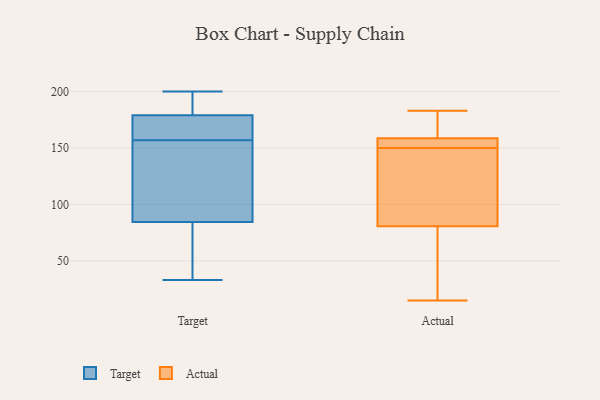
{"axis": {"x": "Page Views", "y": "Value"}, "legend": ["Actual", "Target"], "data": [{"x": "", "y": 159, "type": "Target"}, {"x": "", "y": 144, "type": "Target"}, {"x": "", "y": 38, "type": "Target"}, {"x": "", "y": 91, "type": "Target"}, {"x": "", "y": 65, "type": "Target"}, {"x": "", "y": 155, "type": "Target"}, {"x": "", "y": 172, "type": "Target"}, {"x": "", "y": 43, "type": "Target"}, {"x": "", "y": 200, "type": "Target"}, {"x": "", "y": 79, "type": "Target"}, {"x": "", "y": 184, "type": "Target"}, {"x": "", "y": 188, "type": "Target"}, {"x": "", "y": 90, "type": "Target"}, {"x": "", "y": 33, "type": "Target"}, {"x": "", "y": 174, "type": "Target"}, {"x": "", "y": 167, "type": "Target"}, {"x": "", "y": 195, "type": "Target"}, {"x": "", "y": 184, "type": "Target"}, {"x": "", "y": 155, "type": "Target"}, {"x": "", "y": 172, "type": "Target"}, {"x": "", "y": 49, "type": "Actual"}, {"x": "", "y": 150, "type": "Actual"}, {"x": "", "y": 159, "type": "Actual"}, {"x": "", "y": 169, "type": "Actual"}, {"x": "", "y": 113, "type": "Actual"}, {"x": "", "y": 182, "type": "Actual"}, {"x": "", "y": 152, "type": "Actual"}, {"x": "", "y": 70, "type": "Actual"}, {"x": "", "y": 57, "type": "Actual"}, {"x": "", "y": 143, "type": "Actual"}, {"x": "", "y": 157, "type": "Actual"}, {"x": "", "y": 177, "type": "Actual"}, {"x": "", "y": 128, "type": "Actual"}, {"x": "", "y": 158, "type": "Actual"}, {"x": "", "y": 183, "type": "Actual"}, {"x": "", "y": 153, "type": "Actual"}, {"x": "", "y": 21, "type": "Actual"}, {"x": "", "y": 147, "type": "Actual"}, {"x": "", "y": 15, "type": "Actual"}]}